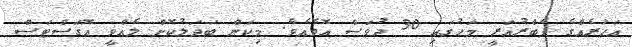
އަހަރެއްގެ ފެބްރުއަރީ މަހުގައި 30 ދުވަސް އޮވެއެވެ. މިކަން ބަދަލުކޮށް ލެއްވީ އޮގަސްޓަސް